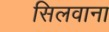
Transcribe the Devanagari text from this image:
सिलवाना